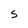
Character: S